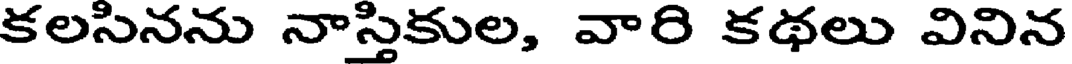
కలసినను నాస్తికుల, వారి కథలు వినిన